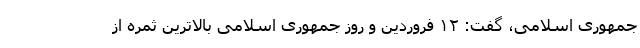
جمهوری اسلامی، گفت: ۱۲ فروردین و روز جمهوری اسلامی بالاترین ثمره از